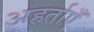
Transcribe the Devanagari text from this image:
अहर्ताएँ